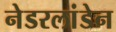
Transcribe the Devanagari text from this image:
नेडरलांडेन